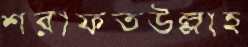
শরাফতউল্লাহ